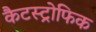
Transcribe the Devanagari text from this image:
कैटस्ट्रोफिक